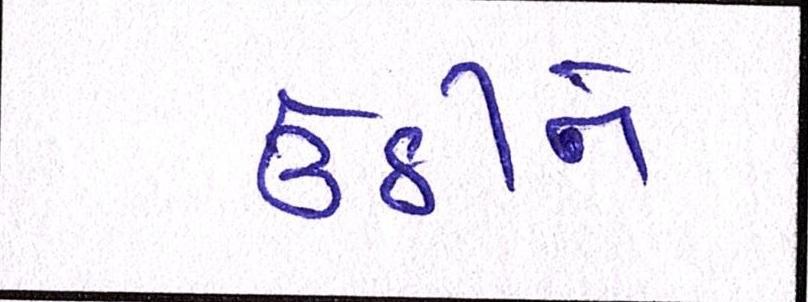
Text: ઉઠીને